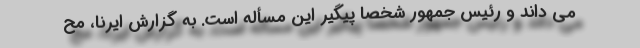
می داند و رئیس جمهور شخصا پیگیر این مسأله است. به گزارش ایرنا، مح